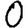
Digit: 0